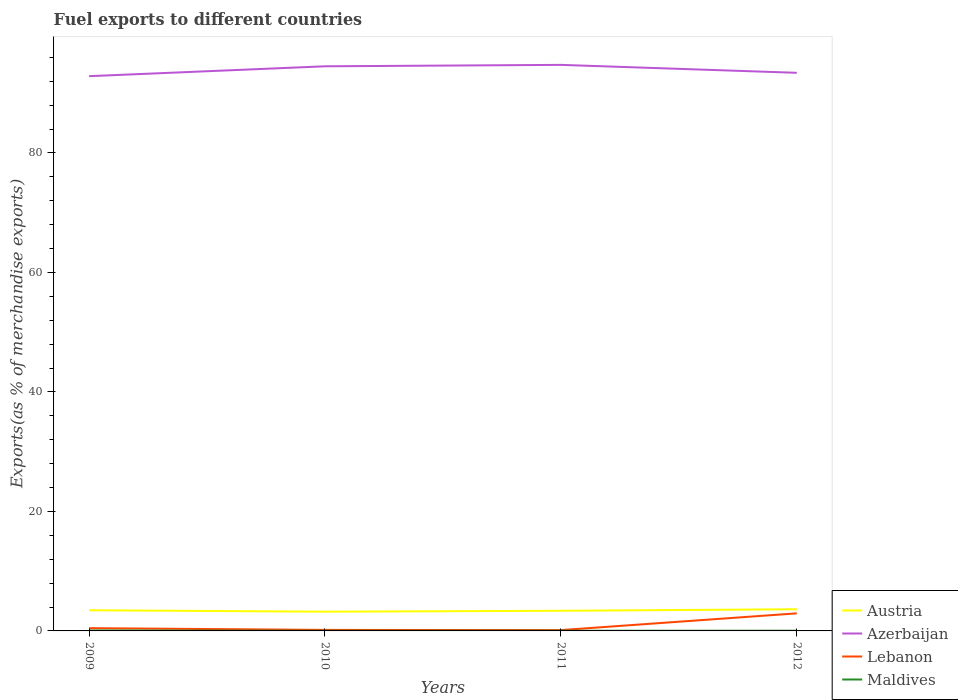
| Years | Austria | Azerbaijan | Lebanon | Maldives |
 | --- | --- | --- | --- | --- |
 | 2009 | 3.46 | 92.9 | 0.462 | 0.0723 |
 | 2010 | 3.22 | 94.5 | 0.17 | 0.0232 |
 | 2011 | 3.37 | 94.7 | 0.138 | 0.0292 |
 | 2012 | 3.62 | 93.4 | 2.94 | 0.0343 |